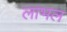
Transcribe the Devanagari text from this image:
लाभल